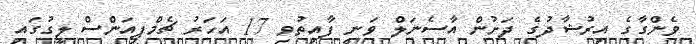
ވެންގާގެ އިރުޝާދުގެ ދަށުން އާސެނަލް ވަނީ ފާއިތުވި 17 އަހަރު ޗެމްޕިއަންްސް ލީގުގައި